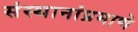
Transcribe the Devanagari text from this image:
संस्थानांप्रमाणे